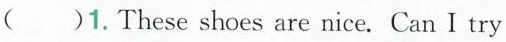
( )1. These shoes are nice. Can I try